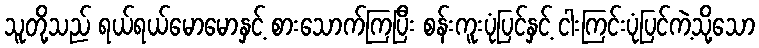
သူတို့သည် ရယ်ရယ်မောမောနှင့် စားသောက်ကြပြီး စန်းကူးပုံပြင်နှင့် ငါးကြင်းပုံပြင်ကဲ့သို့သော